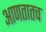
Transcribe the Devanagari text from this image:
आणतातच